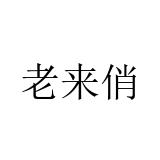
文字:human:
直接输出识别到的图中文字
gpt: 老来俏